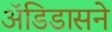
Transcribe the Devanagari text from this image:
अॅडिडासने